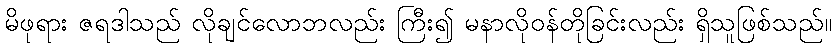
မိဖုရား ဇရဒါသည် လိုချင်လောဘလည်း ကြီး၍ မနာလိုဝန်တိုခြင်းလည်း ရှိသူဖြစ်သည်။